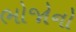
ભોજોનો